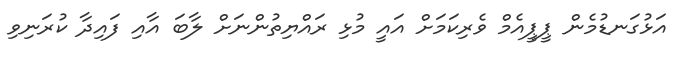
އަޅުގަނޑުމެން ޕީޕީއެމް ވެރިކަމަށް އައީ މުޅި ރައްޔިތުންނަށް ލާބަ އާއި ފައިދާ ކުރަނިވި